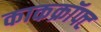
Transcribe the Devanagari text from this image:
काकक्रॉफ्ट